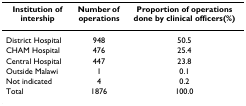
<table><thead><tr><td><b>Institution of intership</b></td><td><b>Number of operations</b></td><td><b>Proportion of operations done by clinical officers(%)</b></td></tr></thead><tbody><tr><td>District Hospital</td><td>948</td><td>50.5</td></tr><tr><td>CHAM Hospital</td><td>476</td><td>25.4</td></tr><tr><td>Central Hospital</td><td>447</td><td>23.8</td></tr><tr><td>Outside Malawi</td><td>1</td><td>0.1</td></tr><tr><td>Not indicated</td><td>4</td><td>0.2</td></tr><tr><td>Total</td><td>1876</td><td>100.0</td></tr></tbody></table>